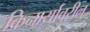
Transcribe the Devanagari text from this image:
किनार्यावरील